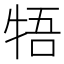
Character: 牾